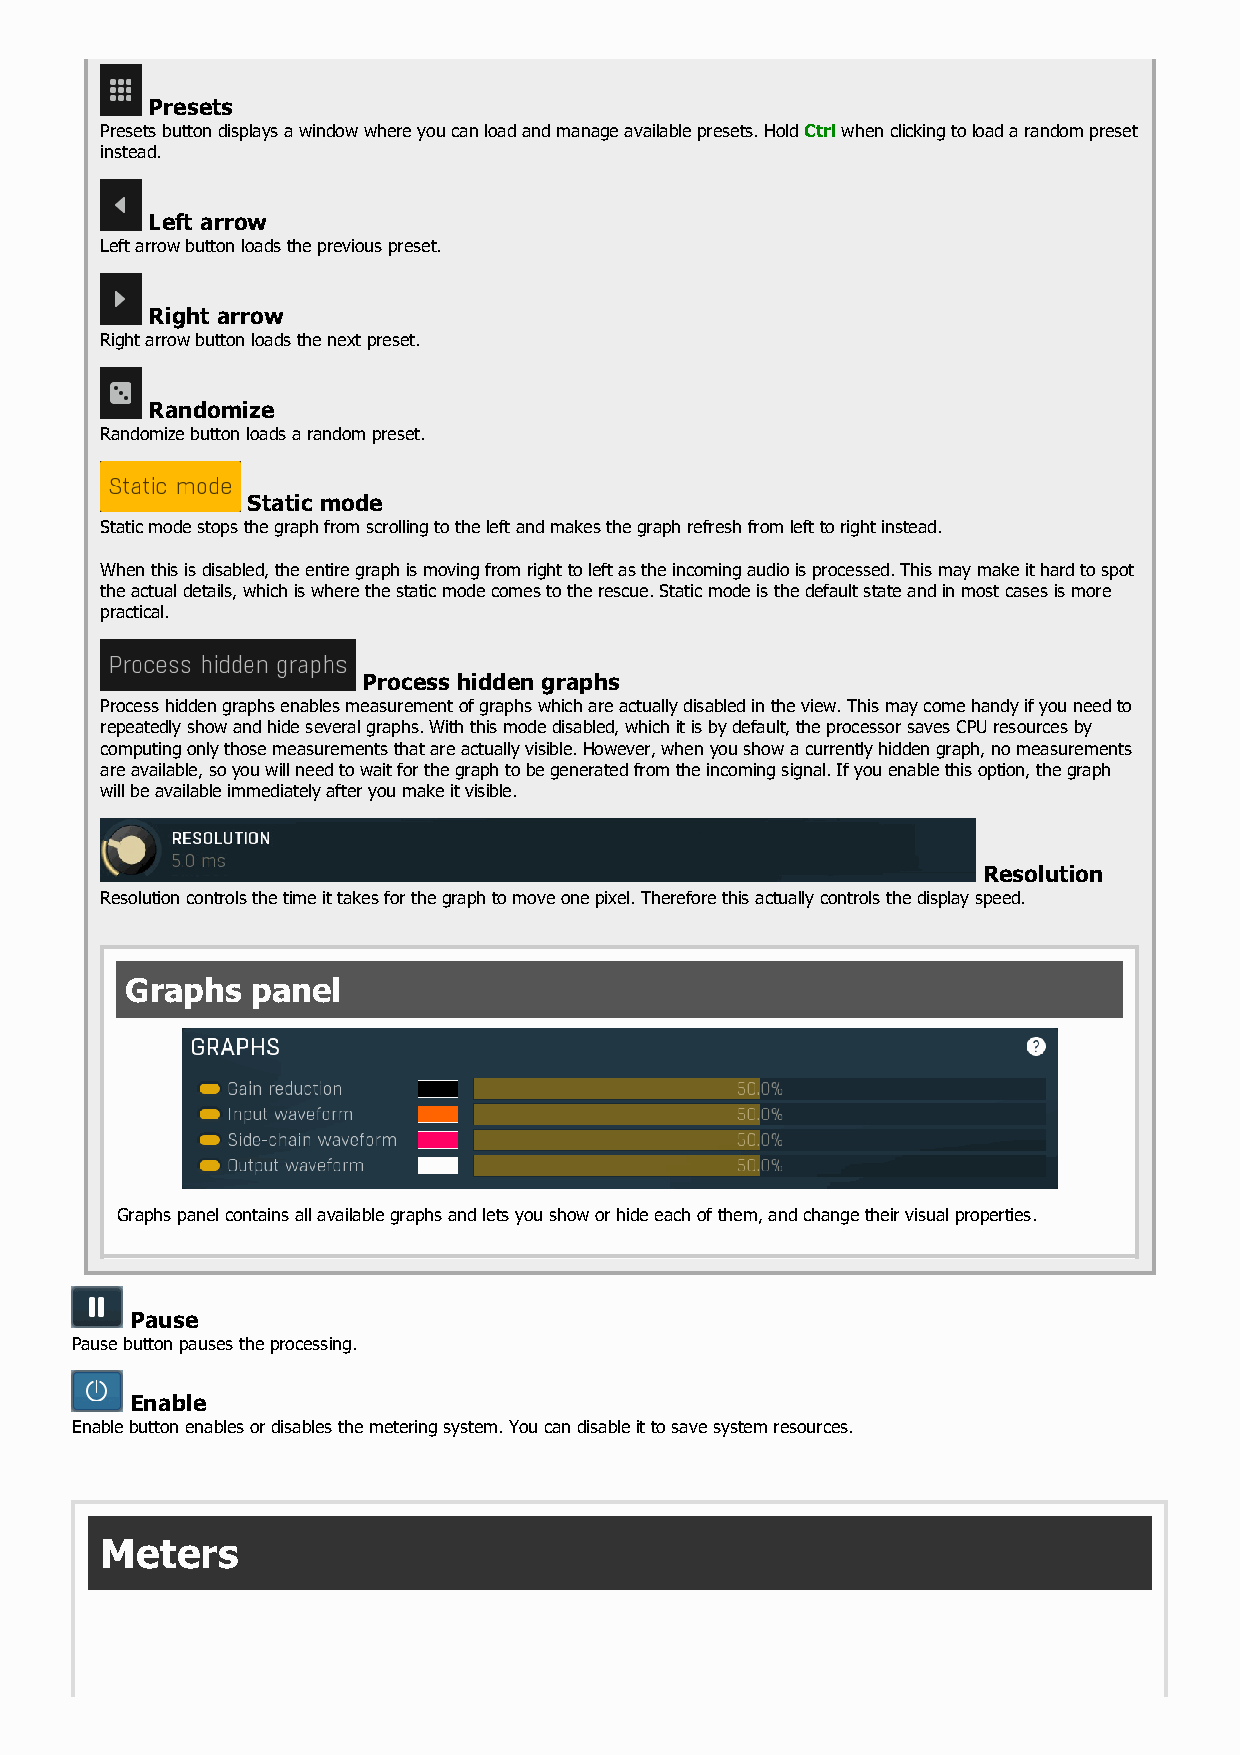
Presets
 Presets button displays a window where you can load and manage available presets. Hold Ctrl when clicking to load a random preset
 instead.
 Left arrow
 Left arrow button loads the previous preset.
 Right arrow
 Right arrow button loads the next preset.
 Randomize
 Randomize button loads a random preset.
 Static mode
 Static mode stops the graph from scrolling to the left and makes the graph refresh from left to right instead.
 When this is disabled, the entire graph is moving from right to left as the incoming audio is processed. This may make it hard to spot
 the actual details, which is where the static mode comes to the rescue. Static mode is the default state and in most cases is more
 practical.
 Process hidden graphs
 Process hidden graphs enables measurement of graphs which are actually disabled in the view. This may come handy if you need to
 repeatedly show and hide several graphs. With this mode disabled, which it is by default, the processor saves CPU resources by
 computing only those measurements that are actually visible. However, when you show a currently hidden graph, no measurements
 are available, so you will need to wait for the graph to be generated from the incoming signal. If you enable this option, the graph
 will be available immediately after you make it visible.
 Resolution
 Resolution controls the time it takes for the graph to move one pixel. Therefore this actually controls the display speed.
 Graphs   panel
 Graphs panel contains all available graphs and lets you show or hide each of them, and change their visual properties.
 Pause
 Pause button pauses the processing.
 Enable
 Enable button enables or disables the metering system. You can disable it to save system resources.
 Meters